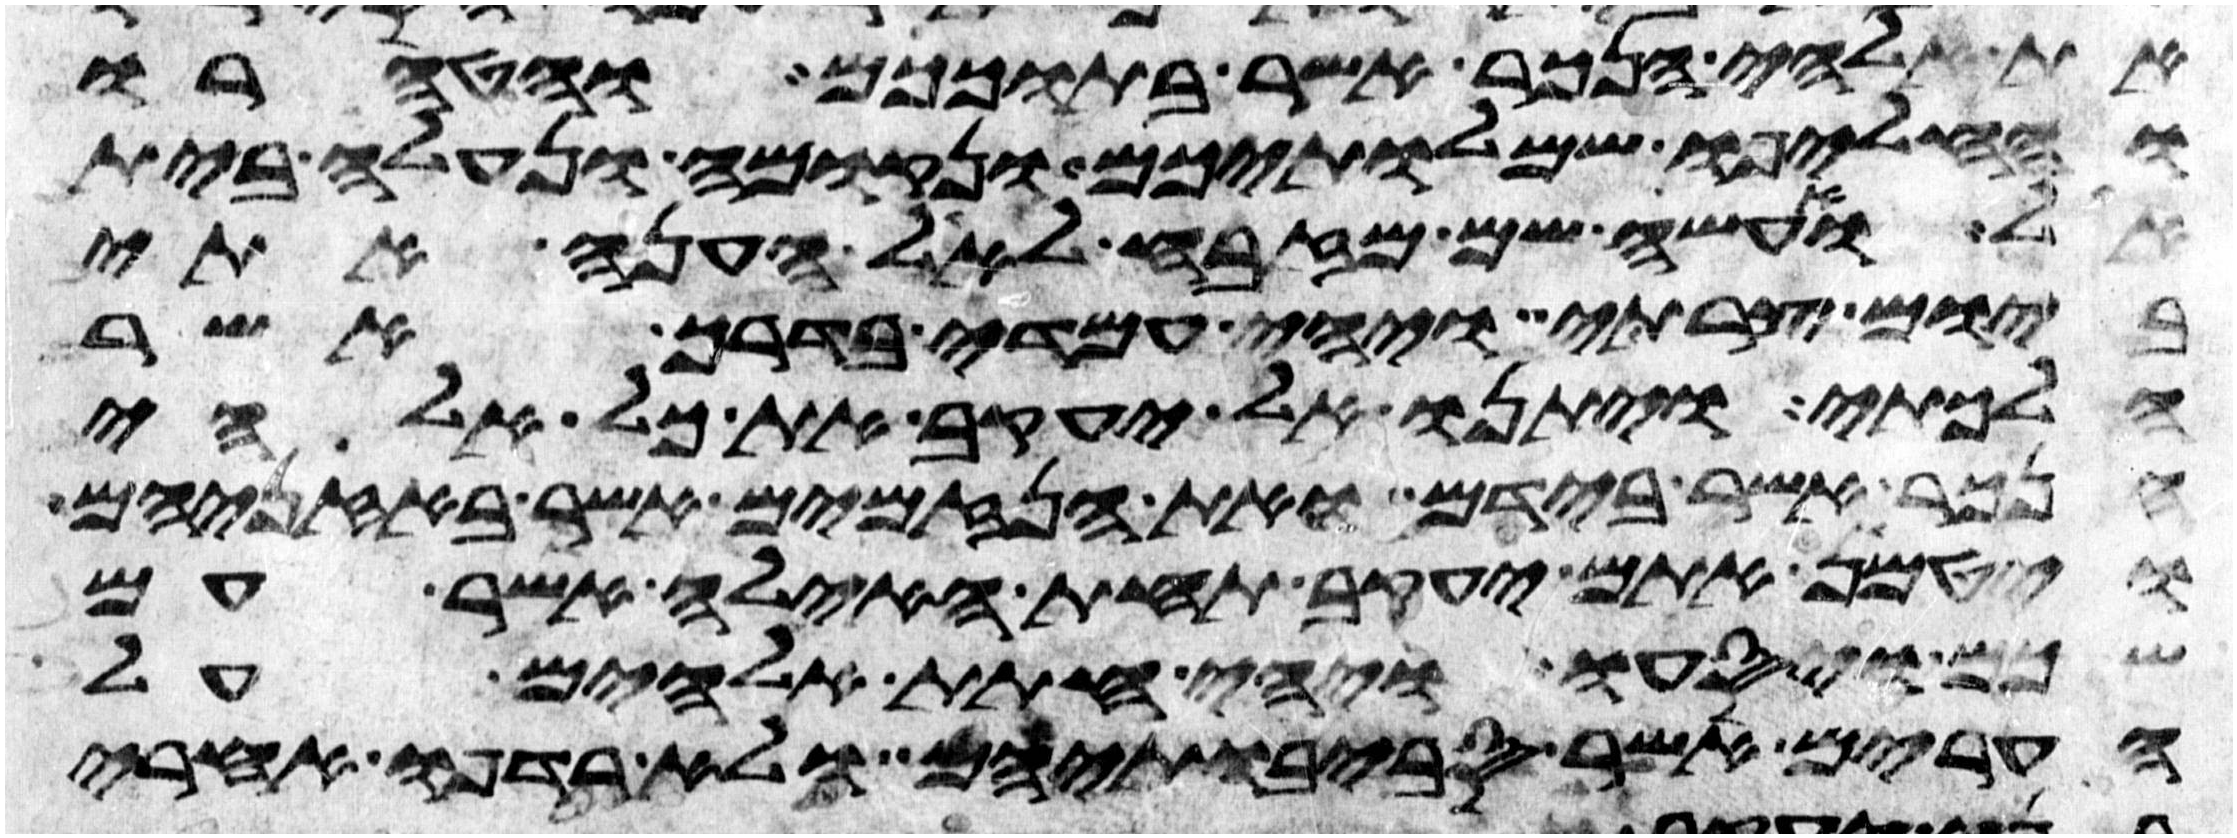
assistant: את אלהי הנכר אשר בתוככם והטהרו
והחליפו שמלתיכם ונקומה ונעלה בית
אל ואעשה שם מזבח לאל הענה אתי
ביום צרתי ויהי עמדי בדרך אשר
הלכתי ויתנו אל יעקב את כל אלהי
הנכר אשר בידם ואת הנזמים אשר באזניהם
ויטמן אתם יעקב תחת האילה אשר עם
שכם ויסעו ויהי חתת אלהים על
הערים אשר סביבתיהם ולא רדפו אחרי